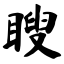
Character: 瞍